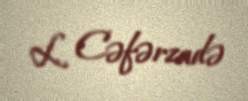
L. Cəfərzadə